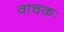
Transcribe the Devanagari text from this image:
वाचकः